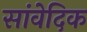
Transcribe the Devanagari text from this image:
सांवेदिक